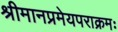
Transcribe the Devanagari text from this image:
श्रीमानप्रमेयपराक्रमः